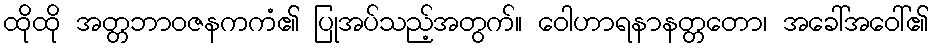
ထိုထို အတ္တဘာဝဇနကကံ၏ ပြုအပ်သည့်အတွက်။ ဝေါဟာရနာနတ္တတော၊ အခေါ်အဝေါ်၏